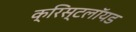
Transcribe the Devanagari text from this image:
क्रिस्टलॉयड